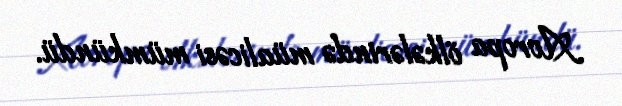
Avropa ölkələrində müalicəsi mümkündü.